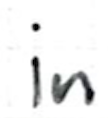
Text: in
Cross-out: clean
Writing tool: ballpoint